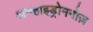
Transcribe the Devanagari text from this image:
अनहाइड्रोमनोज़